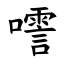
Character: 㘊